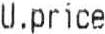
U.PRICE